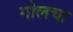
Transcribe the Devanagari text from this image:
गोलचा